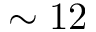
\sim 1 2